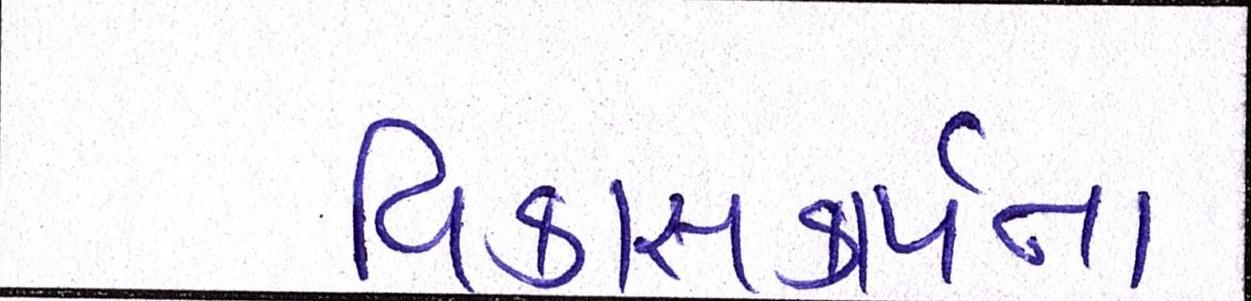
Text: વિકાસકાર્યના